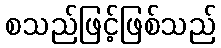
စသည်ဖြင့်ဖြစ်သည်